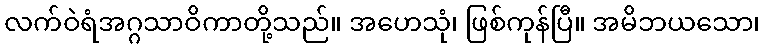
လက်ဝဲရံအဂ္ဂသာဝိကာတို့သည်။ အဟေသုံ၊ ဖြစ်ကုန်ပြီ။ အမိဘယသော၊